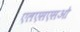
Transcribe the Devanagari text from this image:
एलएसएसओ